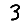
Digit: 3